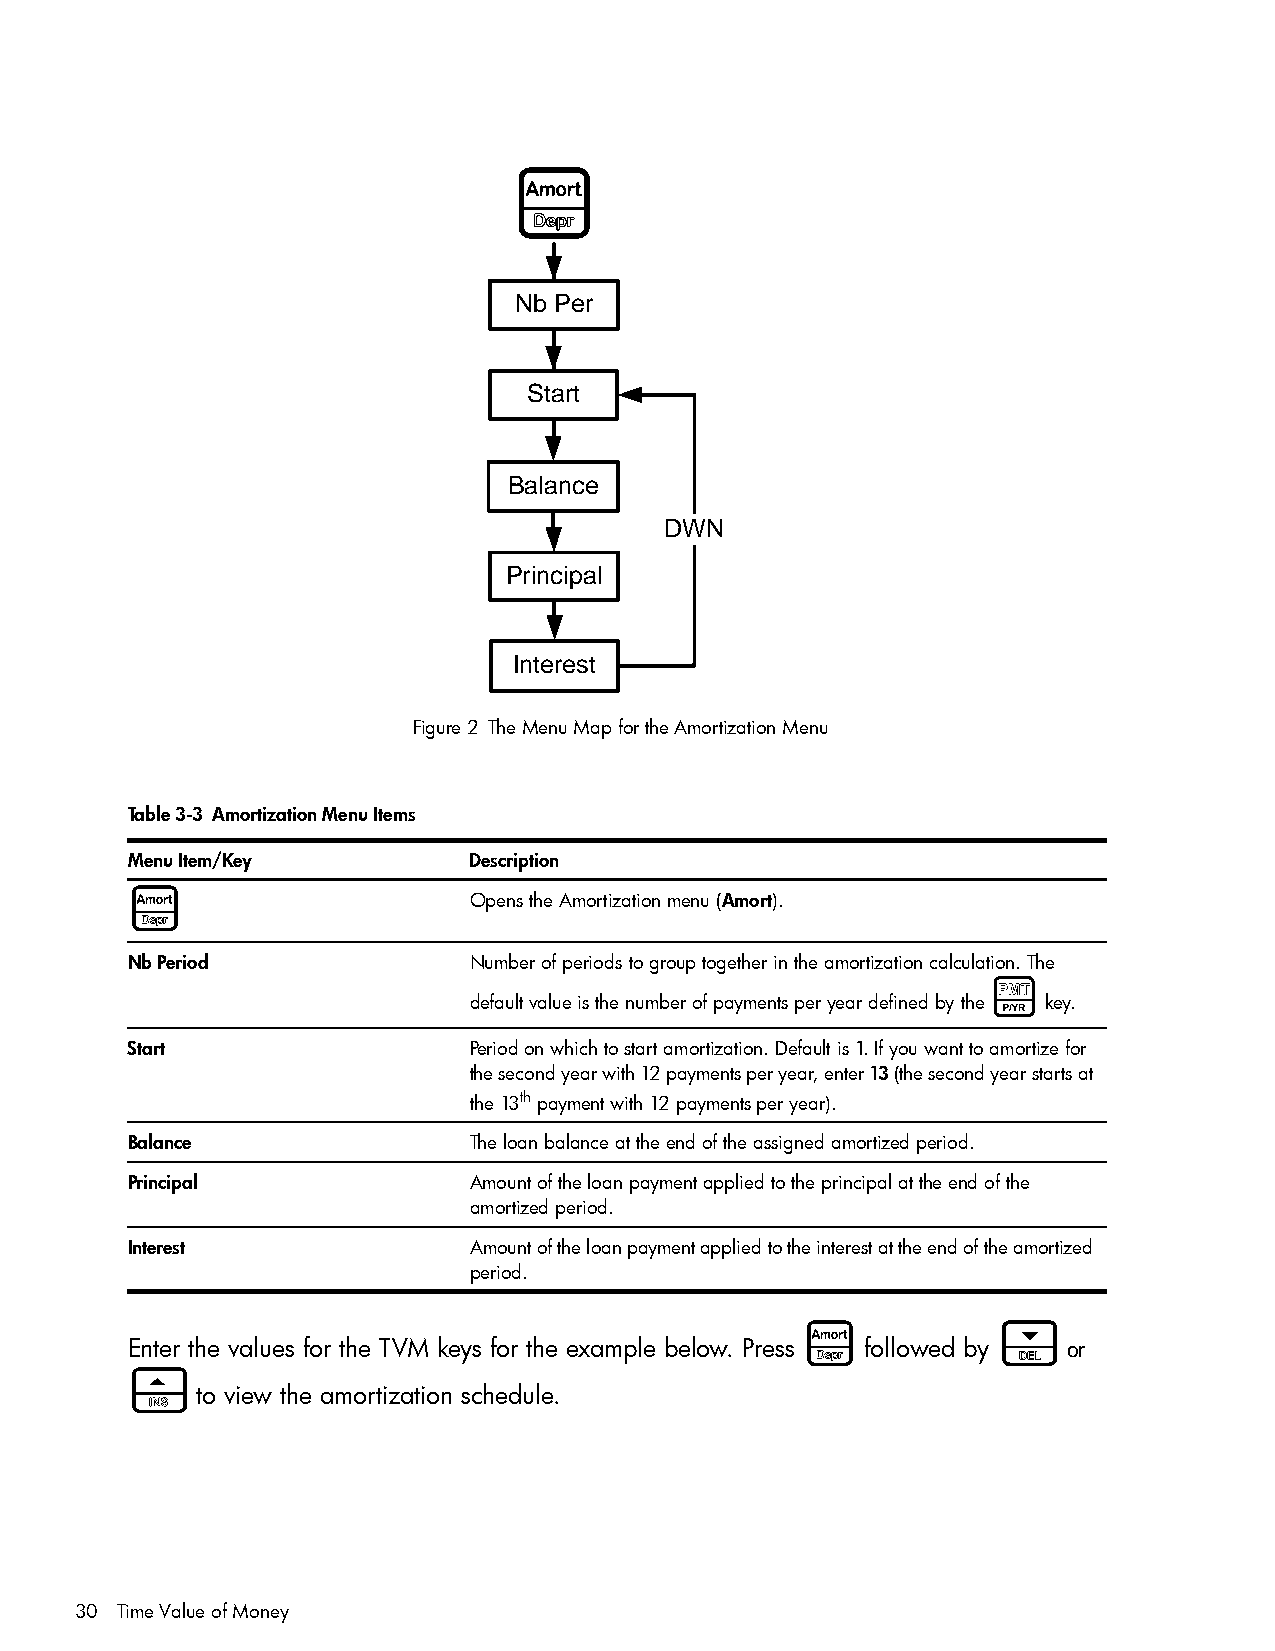
A
 Nb Per
 Start
 Balance
 DWN
 Principal
 Interest
 Figure 2 The Menu Map for the Amortization Menu
 Table 3-3 Amortization Menu Items
 Menu Item/Key          Description
 A                      Opens the Amortization menu (Amort).
 Nb Period              Number of periods to group together in the amortization calculation. The
 [
 default value is the number of payments per year defined by the key.
 Start                  Period on which to start amortization. Default is 1. If you want to amortize for
 the second year with 12 payments per year, enter 13 (the second year starts at
 the 13th payment with 12 payments per year).
 Balance                The loan balance at the end of the assigned amortized period.
 Principal              Amount of the loan payment applied to the principal at the end of the
 amortized period.
 Interest               Amount of the loan payment applied to the interest at the end of the amortized
 period.
 A            <
 Enter the values for the TVM keys for the example below. Press followed by or
 >
 to view the amortization schedule.
 30 Time Value of Money